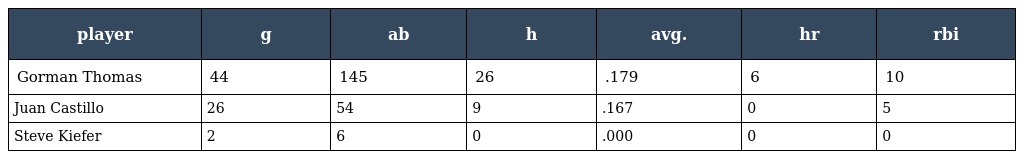
| player | g | ab | h | avg. | hr | rbi |
 | --- | --- | --- | --- | --- | --- | --- |
 | Gorman Thomas | 44 | 145 | 26 | .179 | 6 | 10 |
 | Juan Castillo | 26 | 54 | 9 | .167 | 0 | 5 |
 | Steve Kiefer | 2 | 6 | 0 | .000 | 0 | 0 |